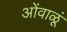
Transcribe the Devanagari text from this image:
ओंवाळूं